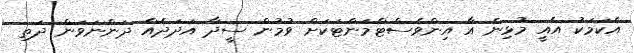
އެކަމަކު އެއީ މުޅިން އާ އިންވެސްޓްމަންޓަކަށް ވުމުން ސީދާ އަދަދެއް ދަންނަވަން ދަތި